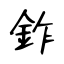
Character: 鈼